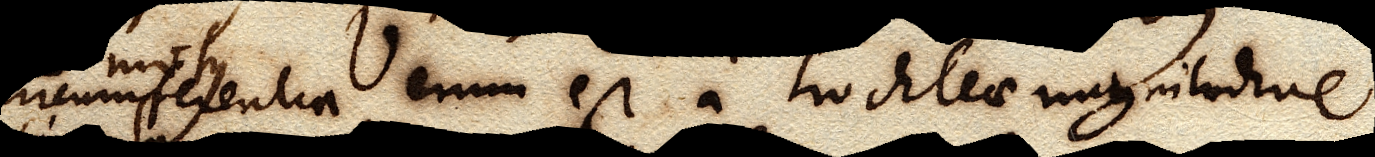
circumferenfia Verum est a trochleae magnitudine